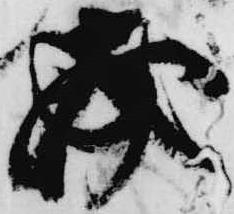
必